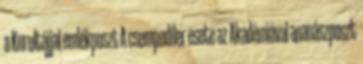
a Kurultájjal emlékposzt A csempedíler esete az Akadémiával ananászposzt